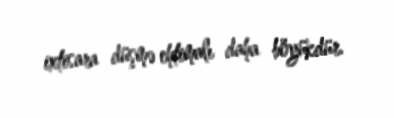
ixtisara düşmə ehtimalı daha böyükdür.